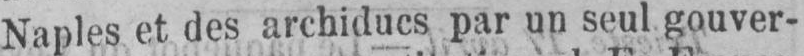
Naples et des archiducs par un seul gouver-